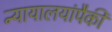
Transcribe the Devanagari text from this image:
न्यायालयांपैकी